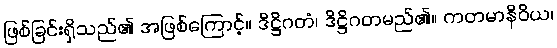
ဖြစ်ခြင်းရှိသည်၏ အဖြစ်ကြောင့်။ ဒိဋ္ဌိဂတံ၊ ဒိဋ္ဌိဂတမည်၏။ ကတမာနိဝိယ၊